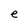
Character: e